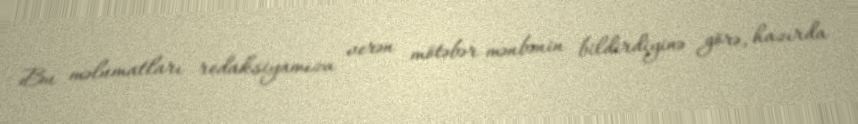
Bu məlumatları redaksiyamıza verən mötəbər mənbənin bildirdiyinə görə, hazırda